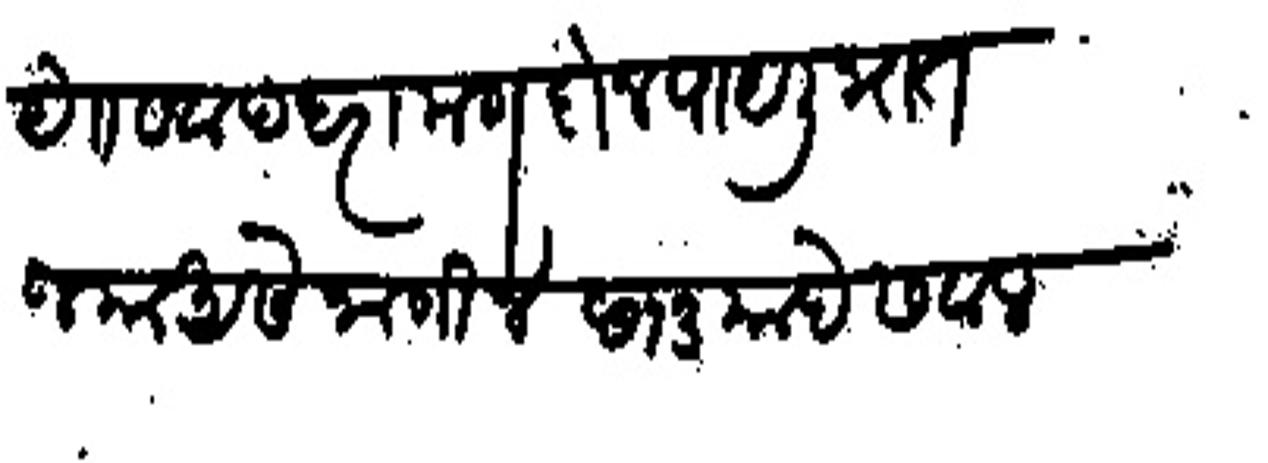
Transliteration (Devanagari): येकूण सवा पंधरा मण दोन पायेली भात जमा असे जाणिजे छ१३ माहे सवाल